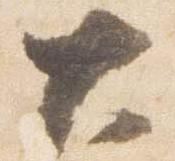
大